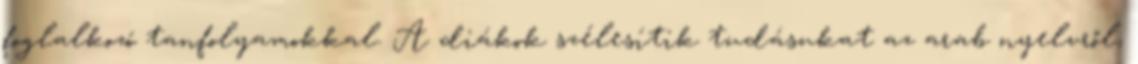
foglalkozó tanfolyamokkal. A diákok szélesítik tudásukat az arab nyelvről,